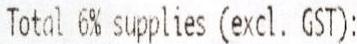
TOTAL 6% SUPPLIES (EXCL. GST):